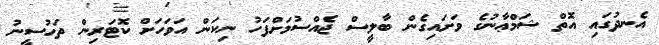
އެނދުގައި އޮތް ޝަމްޢާނުގެ ވަށައިގެން ބާލީސް ޖެއްސުމަށްފަހު ނިކަން އަވަހަށް ކޮޓަރިން ތަހުސީނު